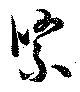
緊